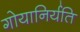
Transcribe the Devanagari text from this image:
गोयानिर्यति